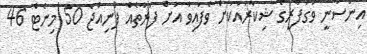
އިންސާނީ ވަގުފާރީގެ ޝިކާރައަކަށް ވެފައިވާ އަށް ފަރާތެއް ފެނިއްޖެ 50 މިނެޓް 46